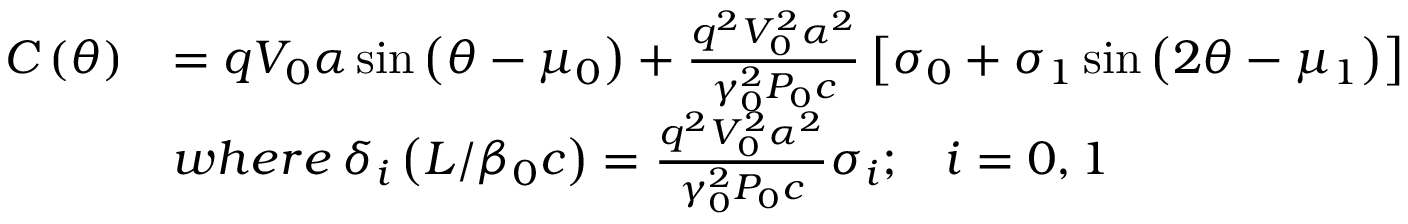
\begin{array} { r l } { C \left( \theta \right) } & { = q V _ { 0 } \alpha \sin \left( \theta - \mu _ { 0 } \right) + \frac { q ^ { 2 } V _ { 0 } ^ { 2 } \alpha ^ { 2 } } { \gamma _ { 0 } ^ { 2 } P _ { 0 } c } \left[ \sigma _ { 0 } + \sigma _ { 1 } \sin \left( 2 \theta - \mu _ { 1 } \right) \right] } \\ & { w h e r e \: \delta _ { i } \left( L / \beta _ { 0 } c \right) = \frac { q ^ { 2 } V _ { 0 } ^ { 2 } \alpha ^ { 2 } } { \gamma _ { 0 } ^ { 2 } P _ { 0 } c } \sigma _ { i } ; \; \; \; i = 0 , 1 } \end{array}